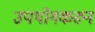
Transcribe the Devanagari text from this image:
उपयोगकरून